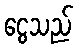
ငွေသည်